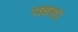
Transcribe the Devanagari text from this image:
पवसऽ